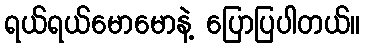
ရယ်ရယ်မောမောနဲ့ ပြောပြပါတယ်။